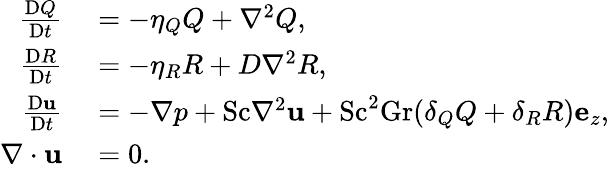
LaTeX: \begin{array}{rl}{\frac{\mathrm{D}Q}{\mathrm{D}t}}&{{}=-\eta_{Q}Q+\nabla^{2}Q,}\\ {\frac{\mathrm{D}R}{\mathrm{D}t}}&{{}=-\eta_{R}R+D\nabla^{2}R,}\\ {\frac{\mathrm{D}\mathbf{u}}{\mathrm{D}t}}&{{}=-\nabla p+\mathrm{Sc}\nabla^{2}\mathbf{u}+\mathrm{Sc}^{2}\mathrm{Gr}(\delta_{Q}Q+\delta_{R}R)\mathbf{e}_{z},}\\ {\nabla\cdot\mathbf{u}}&{{}=0.}\end{array}